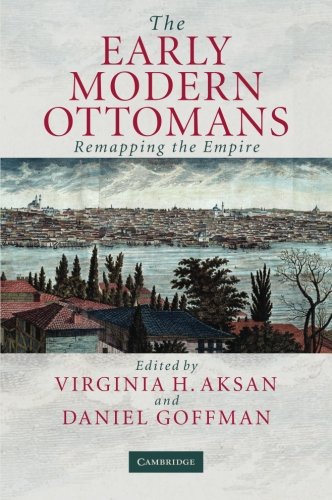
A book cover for The Early Modern Ottomans: Remapping the Empire; History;